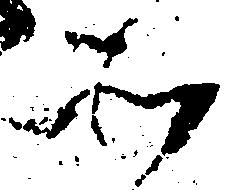
そ